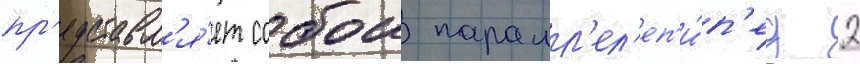
пр'едставл'я́ет собои паралл'ел'еп'и́п'ед 2